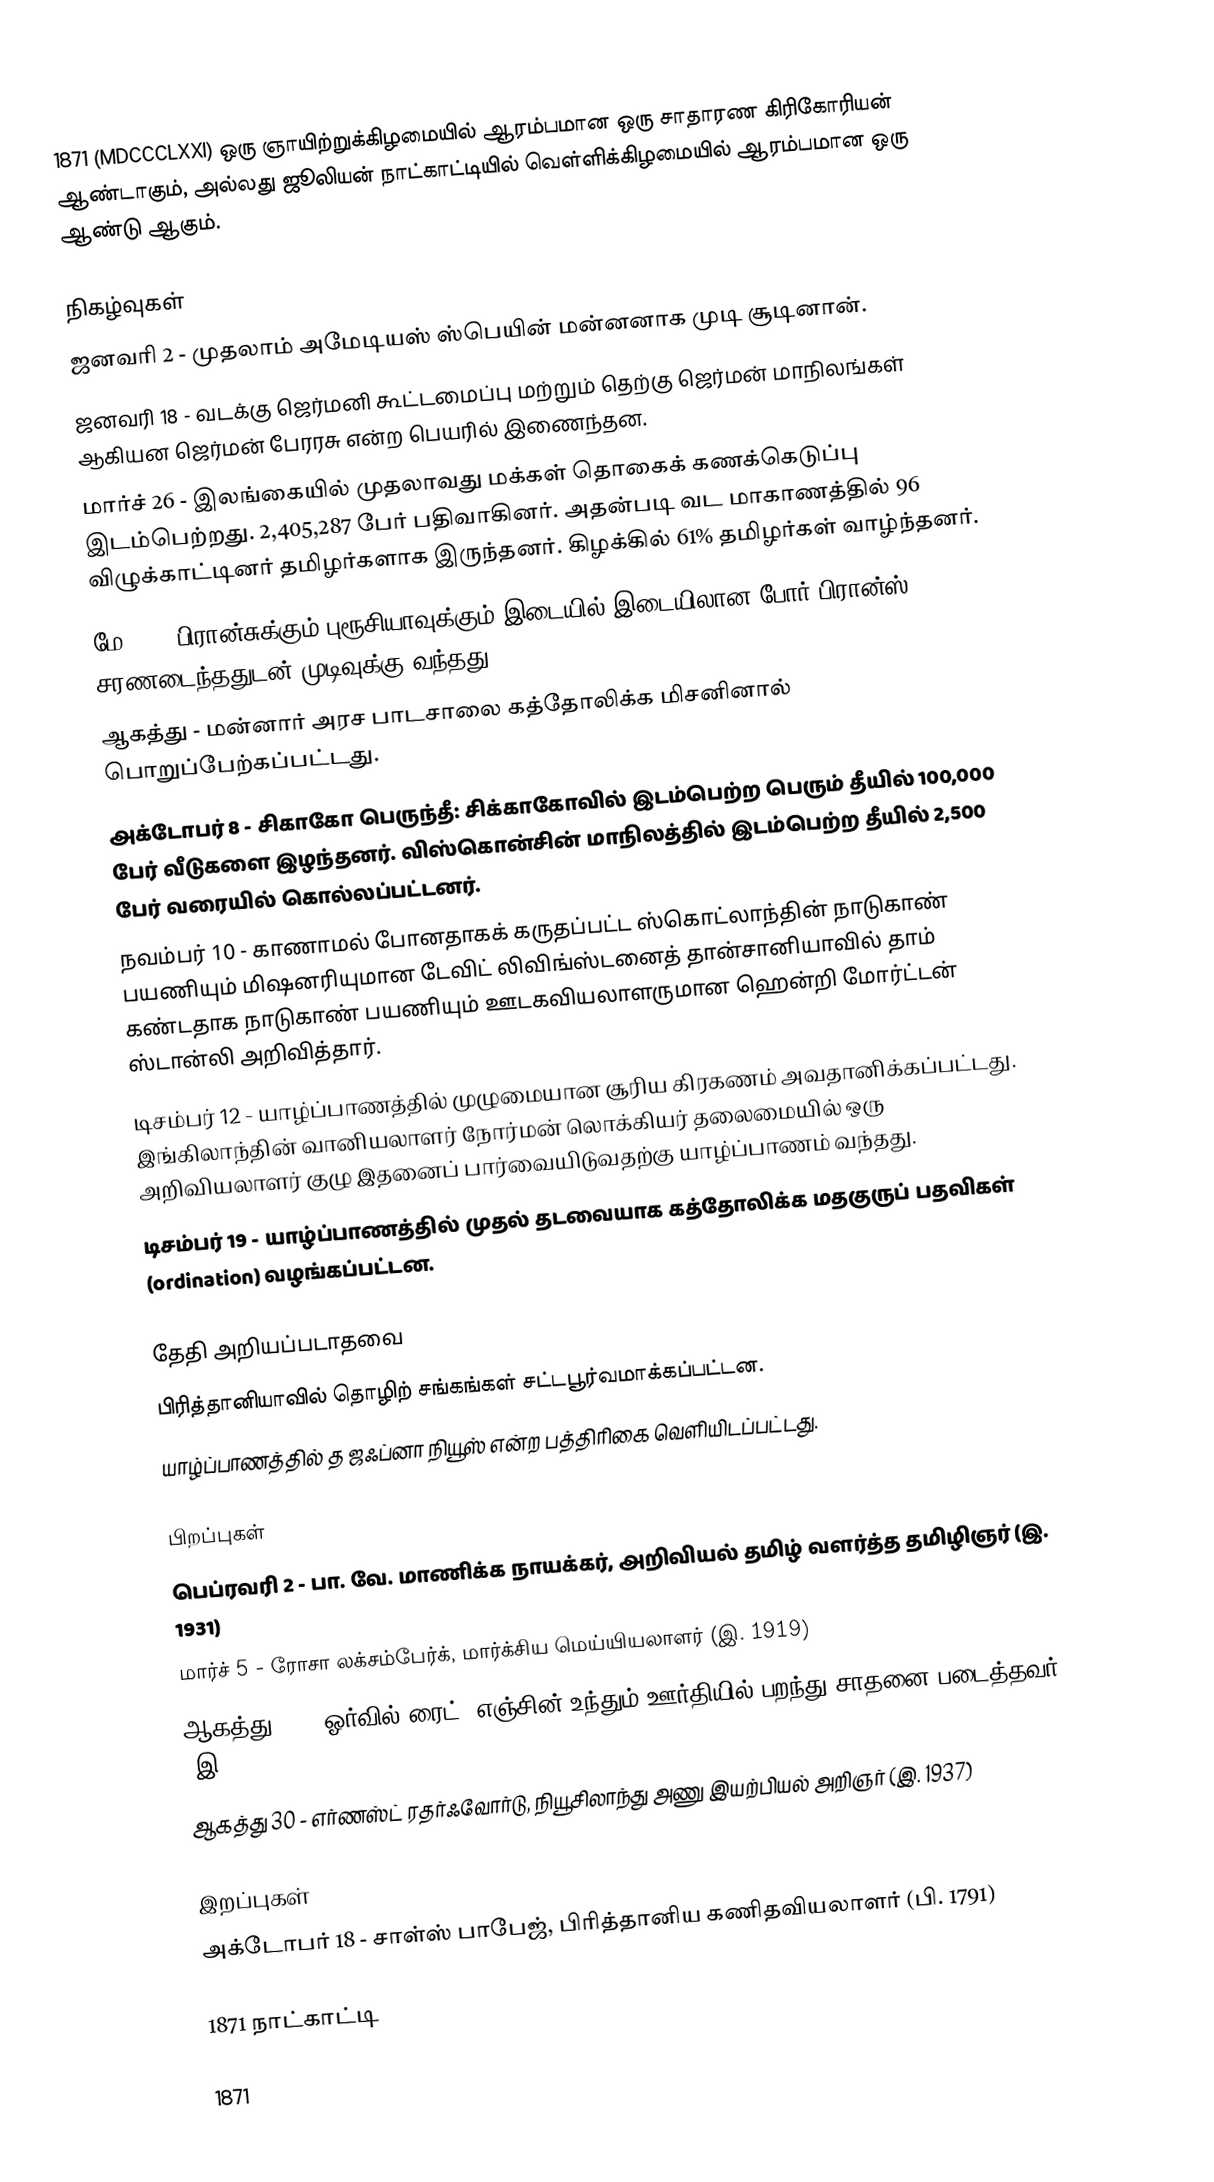
1871 (MDCCCLXXI) ஒரு ஞாயிற்றுக்கிழமையில் ஆரம்பமான ஒரு சாதாரண கிரிகோரியன் ஆண்டாகும், அல்லது ஜூலியன் நாட்காட்டியில் வெள்ளிக்கிழமையில் ஆரம்பமான ஒரு ஆண்டு ஆகும்.

நிகழ்வுகள்
 ஜனவரி 2 - முதலாம் அமேடியஸ் ஸ்பெயின் மன்னனாக முடி சூடினான்.
 ஜனவரி 18 - வடக்கு ஜெர்மனி கூட்டமைப்பு மற்றும் தெற்கு ஜெர்மன் மாநிலங்கள் ஆகியன ஜெர்மன் பேரரசு என்ற பெயரில் இணைந்தன.
 மார்ச் 26 - இலங்கையில் முதலாவது மக்கள் தொகைக் கணக்கெடுப்பு இடம்பெற்றது. 2,405,287 பேர் பதிவாகினர். அதன்படி வட மாகாணத்தில் 96 விழுக்காட்டினர் தமிழர்களாக இருந்தனர். கிழக்கில் 61% தமிழர்கள் வாழ்ந்தனர்.
 மே 10 - பிரான்சுக்கும் புரூசியாவுக்கும் இடையில் இடையிலான போர் பிரான்ஸ் சரணடைந்ததுடன் முடிவுக்கு வந்தது.
 ஆகத்து - மன்னார் அரச பாடசாலை கத்தோலிக்க மிசனினால் பொறுப்பேற்கப்பட்டது.
 அக்டோபர் 8 - சிகாகோ பெருந்தீ: சிக்காகோவில் இடம்பெற்ற பெரும் தீயில் 100,000 பேர் வீடுகளை இழந்தனர். விஸ்கொன்சின் மாநிலத்தில் இடம்பெற்ற தீயில் 2,500 பேர் வரையில் கொல்லப்பட்டனர்.
 நவம்பர் 10 - காணாமல் போனதாகக் கருதப்பட்ட ஸ்கொட்லாந்தின் நாடுகாண் பயணியும் மிஷனரியுமான டேவிட் லிவிங்ஸ்டனைத் தான்சானியாவில் தாம் கண்டதாக நாடுகாண் பயணியும் ஊடகவியலாளருமான ஹென்றி மோர்ட்டன் ஸ்டான்லி அறிவித்தார்.
 டிசம்பர் 12 - யாழ்ப்பாணத்தில் முழுமையான சூரிய கிரகணம் அவதானிக்கப்பட்டது. இங்கிலாந்தின் வானியலாளர் நோர்மன் லொக்கியர் தலைமையில் ஒரு அறிவியலாளர் குழு இதனைப் பார்வையிடுவதற்கு யாழ்ப்பாணம் வந்தது.
 டிசம்பர் 19 - யாழ்ப்பாணத்தில் முதல் தடவையாக கத்தோலிக்க மதகுருப் பதவிகள் (ordination) வழங்கப்பட்டன.

தேதி அறியப்படாதவை
 பிரித்தானியாவில் தொழிற் சங்கங்கள் சட்டபூர்வமாக்கப்பட்டன.
 யாழ்ப்பாணத்தில் த ஜஃப்னா நியூஸ் என்ற பத்திரிகை வெளியிடப்பட்டது.

பிறப்புகள்
 பெப்ரவரி 2 - பா. வே. மாணிக்க நாயக்கர், அறிவியல் தமிழ் வளர்த்த தமிழிஞர் (இ. 1931)
 மார்ச் 5 - ரோசா லக்சம்பேர்க், மார்க்சிய மெய்யியலாளர் (இ. 1919)
 ஆகத்து 19 - ஓர்வில் ரைட், எஞ்சின் உந்தும் ஊர்தியில் பறந்து சாதனை படைத்தவர் (இ. 1948)
 ஆகத்து 30 - எர்ணஸ்ட் ரதர்ஃவோர்டு, நியூசிலாந்து அணு இயற்பியல் அறிஞர் (இ. 1937)

இறப்புகள்
 அக்டோபர் 18 - சாள்ஸ் பாபேஜ், பிரித்தானிய கணிதவியலாளர் (பி. 1791)

1871 நாட்காட்டி

1871